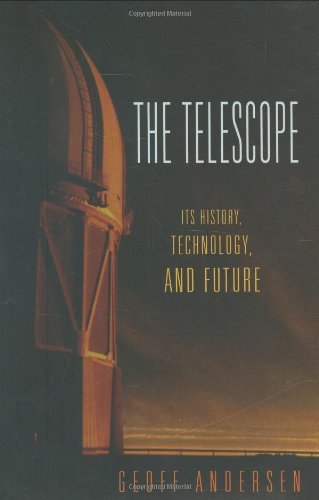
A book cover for The Telescope: Its History, Technology, and Future; Geoff Andersen; Science & Math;